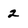
Character: 2